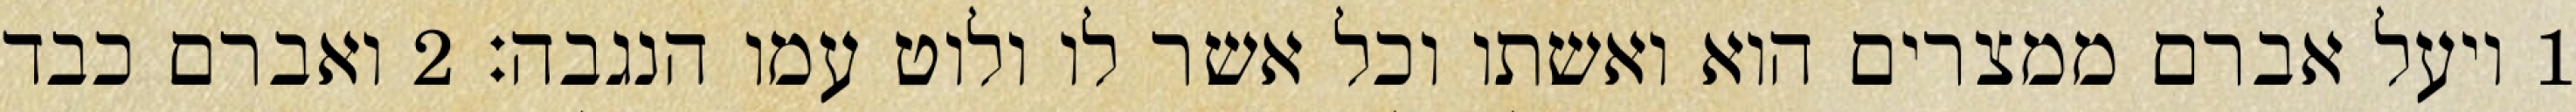
1 ויעל אברם ממצרים הוא ואשתו וכל אשר לו ולוט עמו הנגבה׃ ‎2‏ ואברם כבד